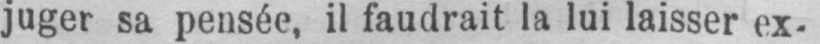
juger sa pensée, il faudrait la lui laisser ex-